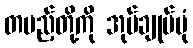
တပည့်တို့ကို အုပ်ချုပ်ပုံ